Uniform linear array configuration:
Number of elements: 4
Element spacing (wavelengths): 1
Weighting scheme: kaiser
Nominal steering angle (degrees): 45
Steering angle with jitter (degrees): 45.634
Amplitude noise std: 0.05
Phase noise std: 0.05

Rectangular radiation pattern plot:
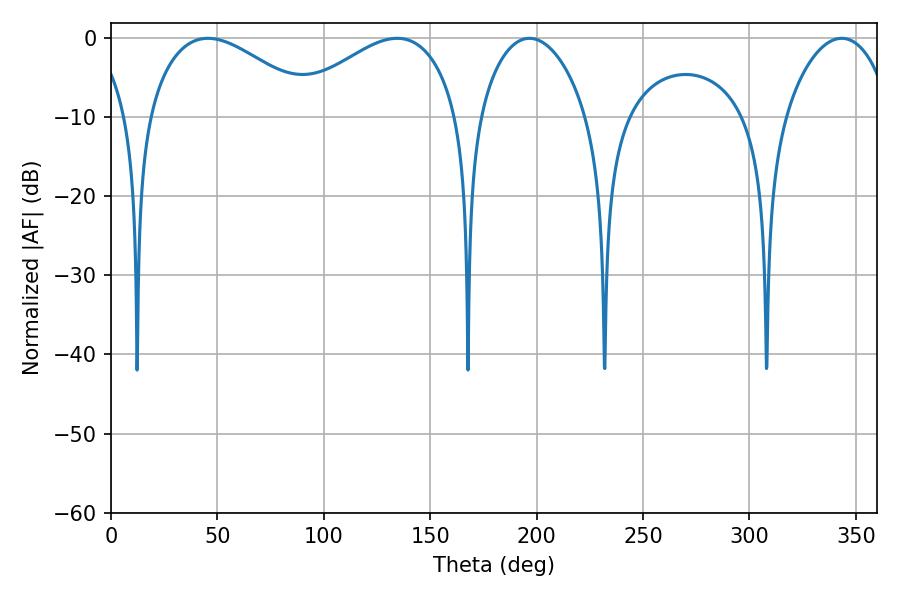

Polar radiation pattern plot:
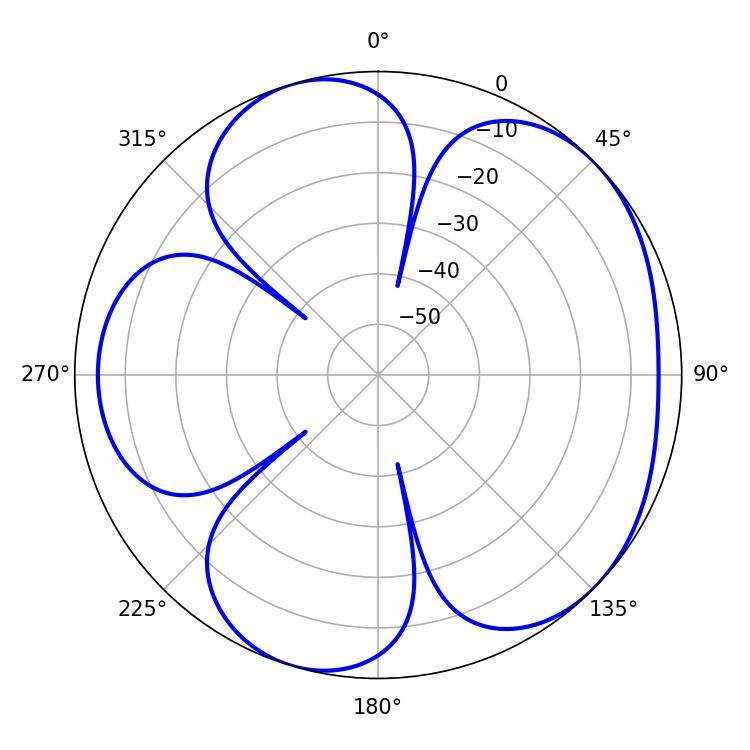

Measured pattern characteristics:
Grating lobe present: TRUE
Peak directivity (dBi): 4.939
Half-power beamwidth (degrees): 43.38
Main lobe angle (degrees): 45.54